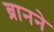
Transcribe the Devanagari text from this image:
ब्रानने